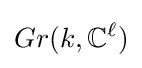
Gr(k,\mathbb {C} ^{\ell })